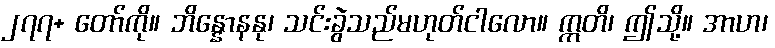
၂၇၇+ တော်ကို။ ဘိန္နောနနု၊ သင်းခွဲသည်မဟုတ်ငါလော။ ဣတိ၊ ဤသို့။ အာဟ၊